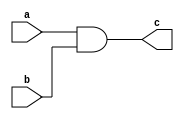
`timescale 1ns/10ps

module my_and(a,b,c);
  input  a,b;
  output c;

  assign c = a & b;
endmodule


module my_or(a,b,c);
  input  a,b;
  output c;

  assign c = a | b;
endmodule


module my_not(a,b);
  input  a;
  output b;

  assign b = ~a;
endmodule


module D_FF(clk, d, q);

input clk,d;
output reg q;

always@(posedge clk) 
	begin
		q <= d;
	end

endmodule


module mux21(a,b,s,y);
  input a,b,s;
  output y;  

assign y=(s)?b:a;

endmodule


module shift_register(e, clk, din, dout, WRSTN);  
 
input clk,WRSTN,e;  
 
input [2:0] din;  
 
output reg[2:0] dout;  
 
 
always @(posedge clk or negedge WRSTN)  
begin
	if(!WRSTN)

	begin
		dout <= 3'b0;
	end

	else if(e)
	begin  
		dout <= din[2:1];  
	end

end  
 
endmodule  



module Id_UR
(
	input[2:0] data_in,
	input UpdateWR,WRSTN,WRCK,
	output reg[2:0] data_out,
	output reg wir_bypass
);

always@(posedge WRCK or negedge WRSTN)
begin
	if(!WRSTN)
	data_out <= 4'b0;
	else if(UpdateWR)begin
	data_out <= data_in;begin
		if(data_out == 3'b0)
		wir_bypass <= 1;
		else
		wir_bypass <= 0;
		end
	end
end

endmodule